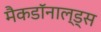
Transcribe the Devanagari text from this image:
मैकडॉनाल्ड्स